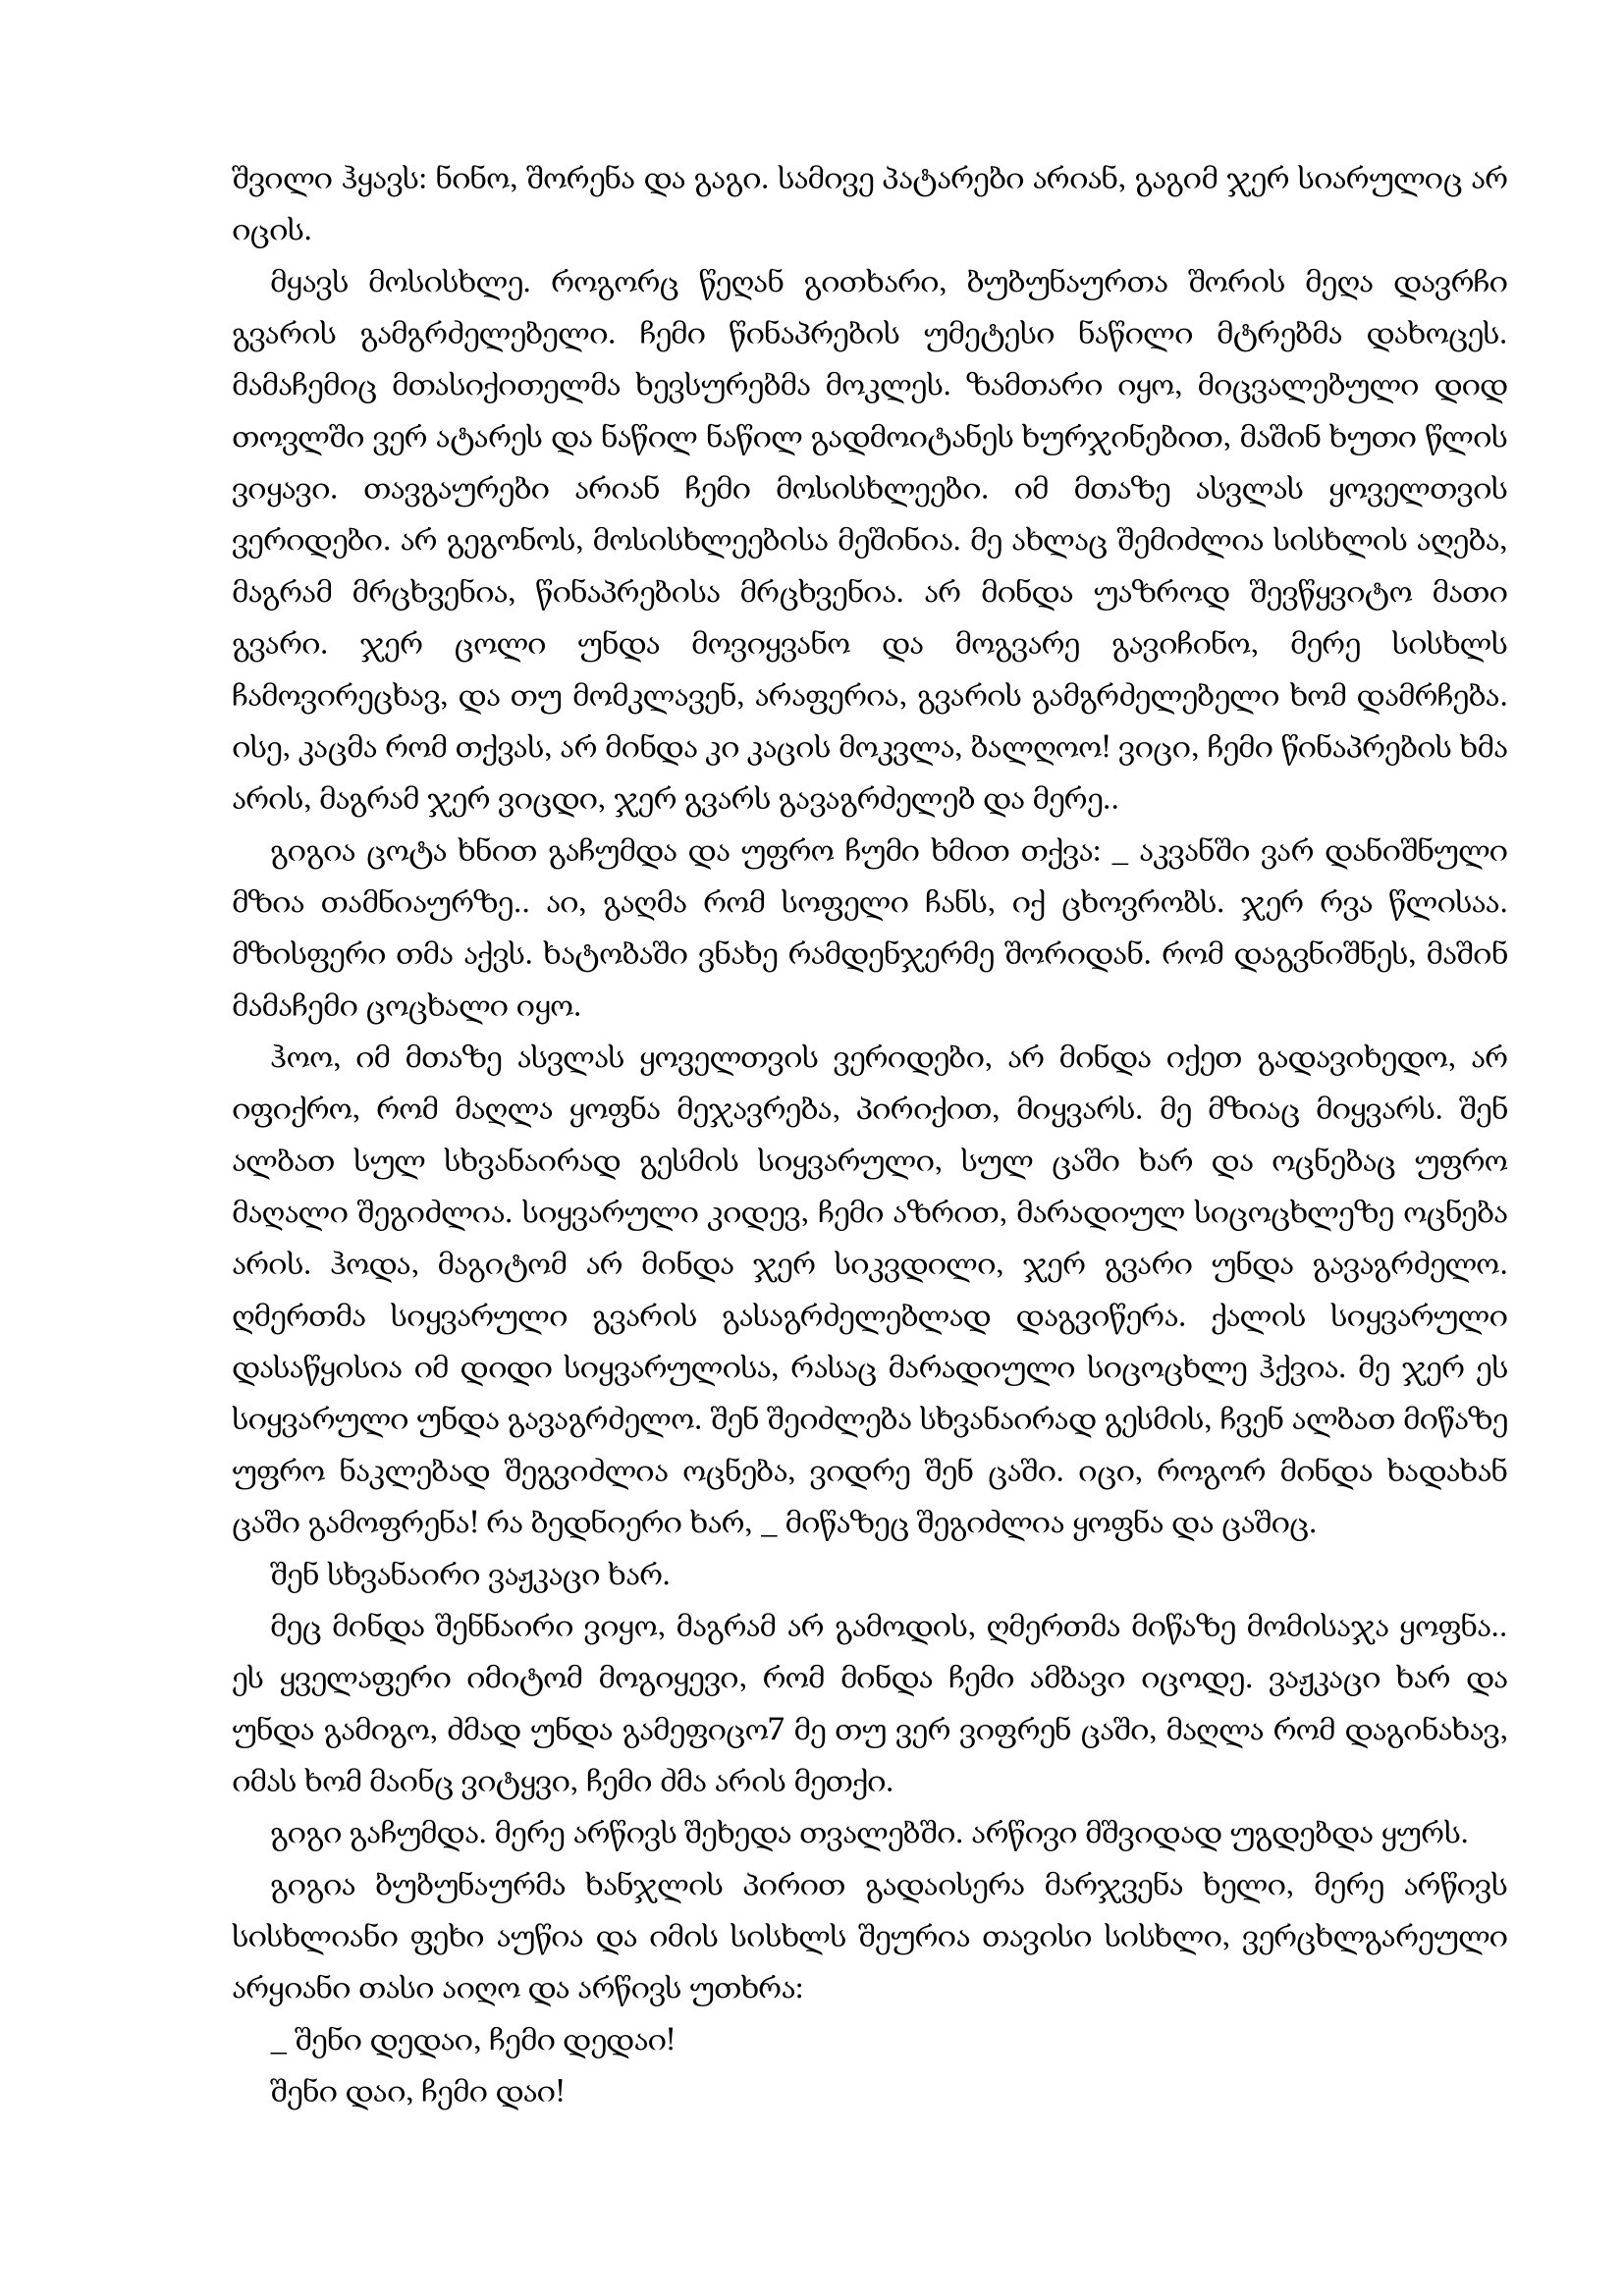
Language: gr